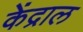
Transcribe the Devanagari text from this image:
केंद्राल